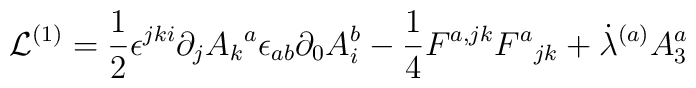
{\cal L}^{(1)} = { \frac{1} {2}}{\epsilon^{jki}\partial_j{A_k}^{a}}{\epsilon_{ab}\partial_{0}{A^b_{i}}}- {\frac{1}{4}}{F^{a,jk}}{{F^a}_{jk}} +{\dot \lambda^{(a)}}{A^{a}_3}